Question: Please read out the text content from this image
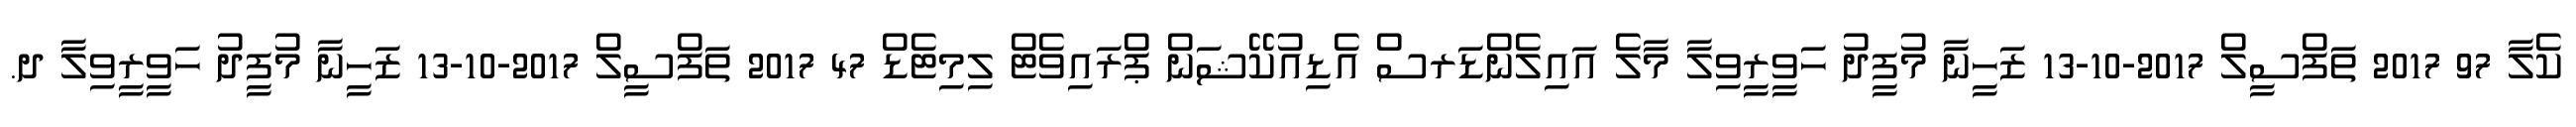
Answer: ކެލާ 97 2017 ތަފްސީލް 2017-10-13 ޒަހީނާ މުފީދު ހަވީރީވިލާ މާލެ އައިލެންޑަރސް އެޑިއުކޭޝަން ޕްރައިވެޓް ލިމިޓެޑް 47 2017 ތަފްސީލް 2017-10-13 ޒަހީނާ މުފީދު ހަވީރީވިލާ ދ.